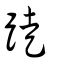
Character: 跿